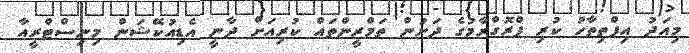
މިއަދު އިފްތިތާހު ކުރި ޕްރޮގްރާމުގެ ދަށުން ތަމްރީންތައް ކުރިއަށް ދާނީ އެޑިއުކޭޝަން މިނިސްޓްރީއާ